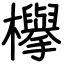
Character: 欅